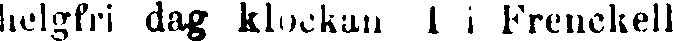
helgfri dag klockan 1 i Frenckell